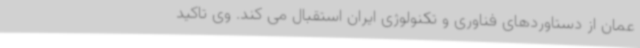
عمان از دستاوردهای فناوری و تکنولوژی ایران استقبال می کند. وی تاکید